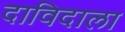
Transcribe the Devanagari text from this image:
दाविदाला